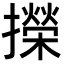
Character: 㩞